Problem: 12 + 30 = ?
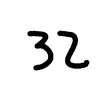
Handwritten answer: 32